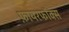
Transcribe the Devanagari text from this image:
फ़ायरफॉक्स